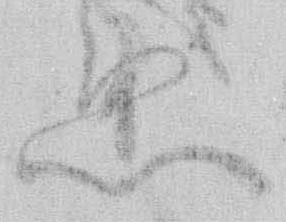
恐